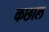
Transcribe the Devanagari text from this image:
कछाल